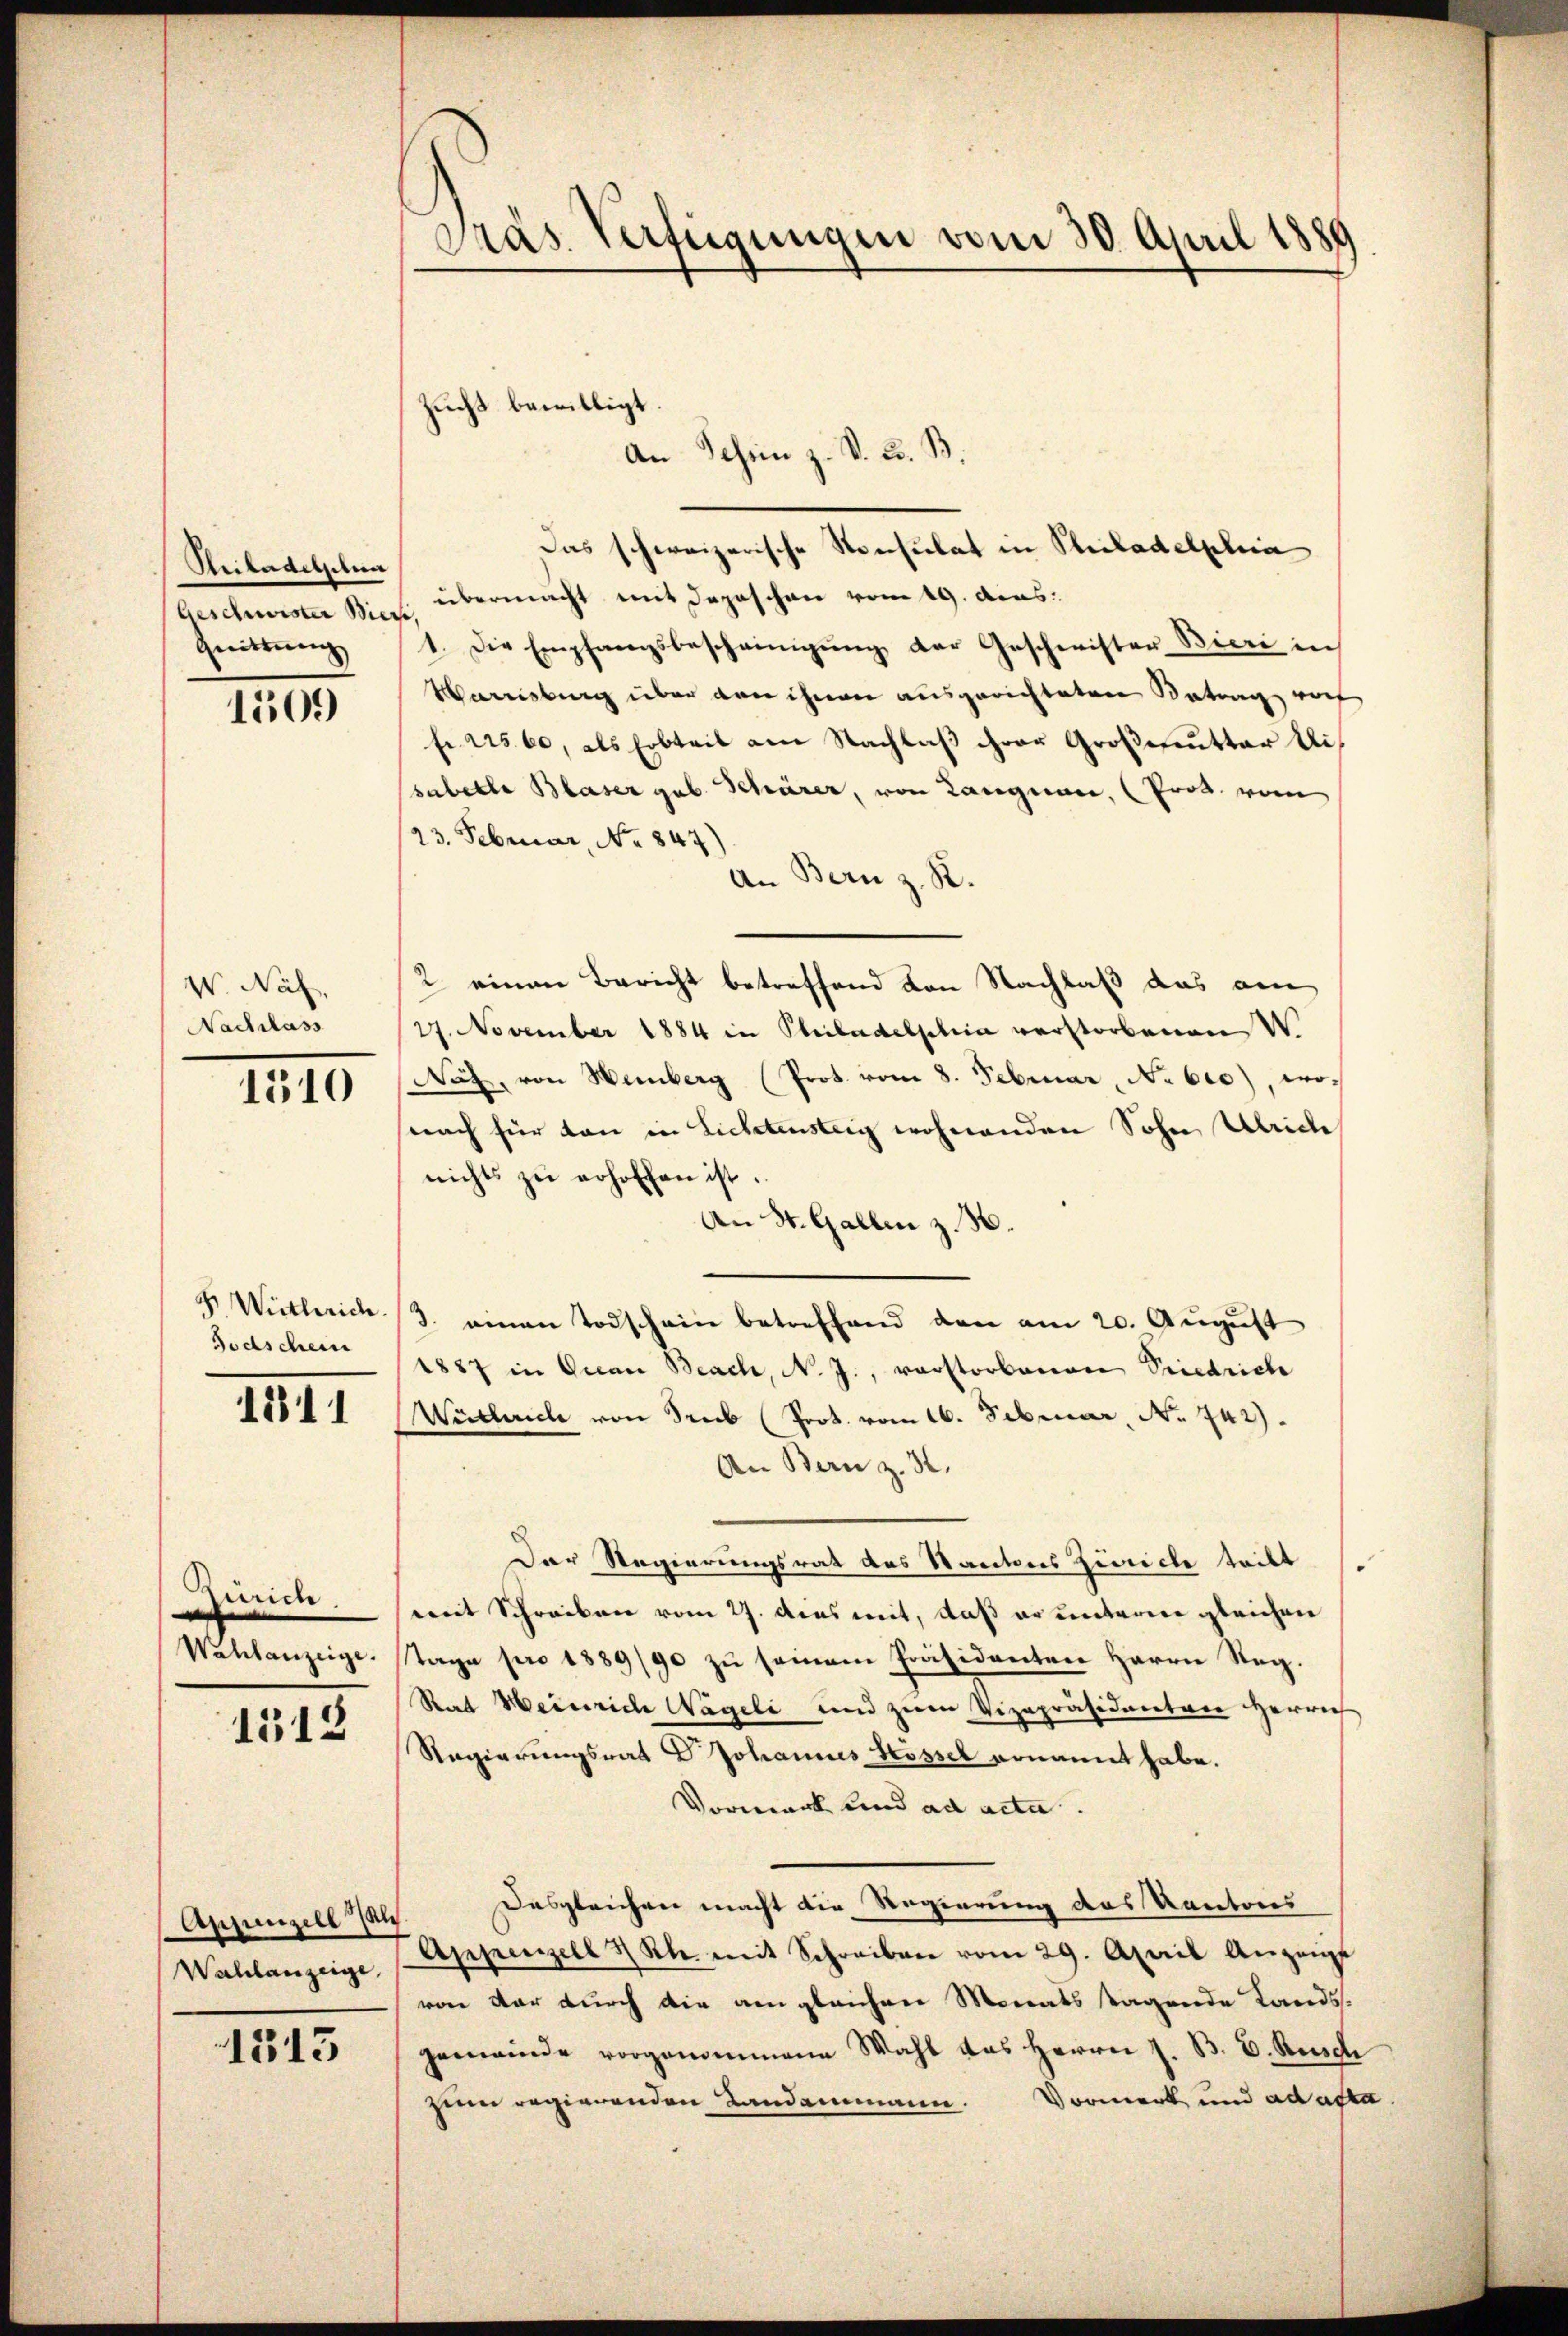
Beiladelschen
Geschwister Bieri,
Geeitterenz

1509

W. Näf,
Nachlass

1310

8. Wietlerich.
Todschein

1211

Zürich
Wahlanzeige.

1518

Apjunzell al
Wahlanzeige,

1513

Präs. Verfügungen vom 30. April 1889

Zucht bewilligt.
An Schin z. S. B. B.

Das schweizerische Konsulat in Philadelphia
übermacht mit depeschen vom 19. Acas:
1. Die Empfangsbescheinigŭng der Geschwister Bieri in
Varnsburg über den ihnen ausgerichteten Betrag noch
fr. 22560, als Erbteil am Nachlaß ihrer Großmutter Uisabelle Blaser geb. Schärer, von Langnau, (Prod. vom
23. Februar, No 847)
An Bern z. R.
2 einen Bericht betreffend von Nachlaß das ein
27. November 1884 in Philadelphia verstorbenen W.
Nät, von Hemberg (Prot. vom 8. Februar, No 610), wosnach für dan in Lichtensteig wohnenden Sohn, Ulrich
nichts zŭ erhoffen ist.
An St. Gallen z. B.
3. einen Todschein betreffend den am 20. August
1887 in Quan Beach, N. J., vorstorbenen Priedriche
Wietliche von Trub (Prot. vom 16. Februar, No 742).
An Bern z. 32.
Der Regierungsrat des Kantons Zürich teilt.
mit Schreiben vom 27. dens mit, daß er unterne gleichen
Tage pro 1889/90 zu seinem Präsidenten Herrn Reg¬
Stat Heinrich Nageli und zum Vizepräsidentare Herrich
Regierungsrat Johannes Hossel ernannt habe.
Vorwerk und ad acta.
Desgleichen macht die Regierung des Kantons
Appenzell 3 Kl. mit Schreiben vom 29. April Angepf
von der durch die am gleichen Monatstagende Lands-
gemeinde vorgenommene Wahl das Herrn J. B. D. Resch
zum regierenden Landammann. Vormerk und ad acta